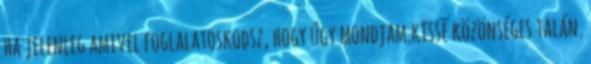
ha jelenleg amivel foglalatoskodsz, hogy úgy mondjam.kissé közönséges talán.